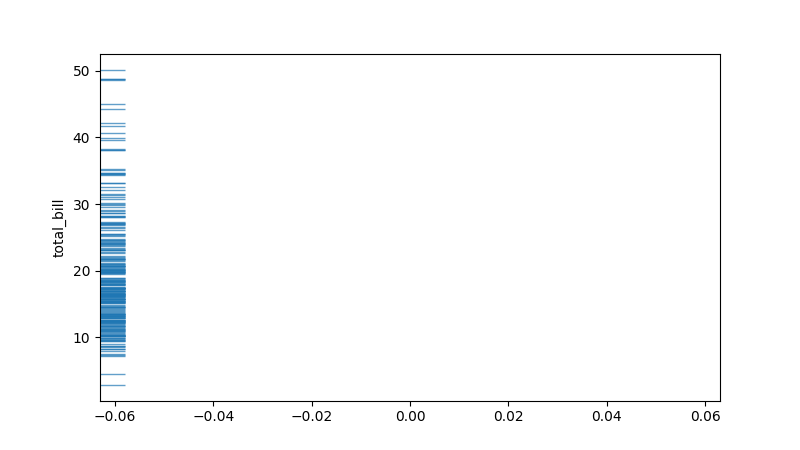
python, seaborn, rugplot, height=0.04, axis='y', alpha=0.7